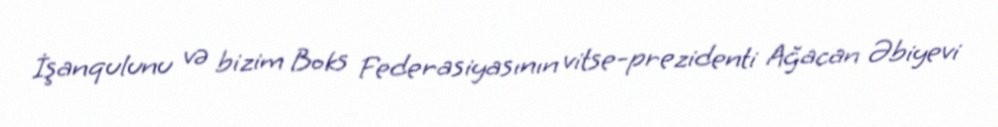
İşanqulunu və bizim Boks Federasiyasının vitse-prezidenti Ağacan Əbiyevi